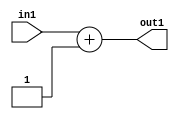
`timescale 1ps / 1ps
/*****************************************************************************
    Verilog RTL Description
    
    
    Created by: CellMath Designer 2019.1.01 
*******************************************************************************/

module finish_gen_Add2i1u8_4_0 (
	in1,
	out1
	); /* architecture "behavioural" */ 
input [7:0] in1;
output [7:0] out1;
wire [7:0] asc001;

assign asc001 = 
	+(in1)
	+(8'B00000001);

assign out1 = asc001;
endmodule

/* CADENCE  ubDwTQk= : u9/ySgnWtBlWxVPRXgAZ4Og= ** DO NOT EDIT THIS LINE ******/